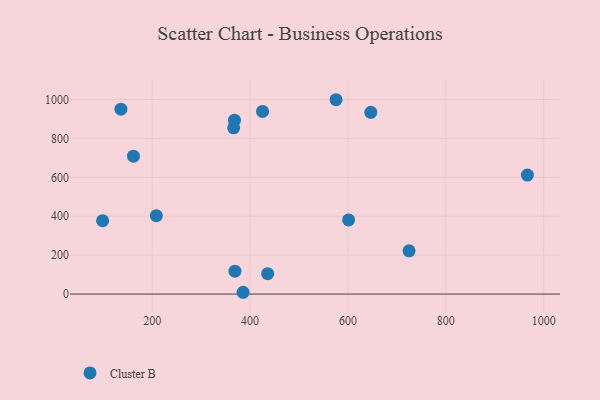
{"axis": {"x": "Speed", "y": "Profit"}, "legend": ["Cluster B"], "data": [{"x": "136.2", "y": 950.0, "type": "Cluster B"}, {"x": "966.6", "y": 611.5, "type": "Cluster B"}, {"x": "368.2", "y": 893.4, "type": "Cluster B"}, {"x": "724.9", "y": 222.3, "type": "Cluster B"}, {"x": "425.5", "y": 938.6, "type": "Cluster B"}, {"x": "646.7", "y": 933.9, "type": "Cluster B"}, {"x": "366.6", "y": 854.2, "type": "Cluster B"}, {"x": "601.3", "y": 381.1, "type": "Cluster B"}, {"x": "385.7", "y": 9.2, "type": "Cluster B"}, {"x": "436.0", "y": 105.0, "type": "Cluster B"}, {"x": "98.8", "y": 376.9, "type": "Cluster B"}, {"x": "208.5", "y": 402.7, "type": "Cluster B"}, {"x": "575.7", "y": 998.6, "type": "Cluster B"}, {"x": "369.1", "y": 117.6, "type": "Cluster B"}, {"x": "161.8", "y": 708.7, "type": "Cluster B"}]}